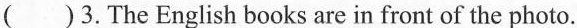
()3.The English books are in front of the photo.